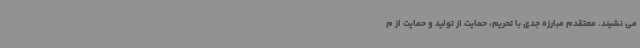
می نشیند. معتقدم مبارزه جدی با تحریم، حمایت از تولید و حمایت از م